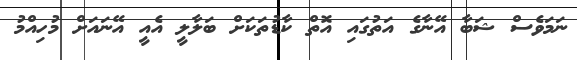
ނަމަވެސް ޝަބާ އޭނާގެ އަތުގައި އޮތް ކާޑުތަކަށް ބަލާލީ އެއީ އޭނައަށް މުހިއްމު